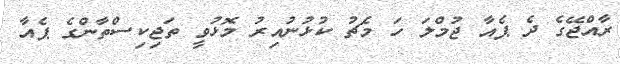
ރާއްޖޭގެ ދެ ޕެއާ ޖުމްލަ ހަ މެޗު ކުޅުނުއިރު މޮޅުވީ ތަޖިކިސްތާންގެ ޕެއާ